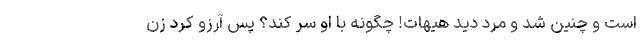
است و چنین شد و مرد دید هیهات! چگونه با او سر کند؟ پس آرزو کرد زن